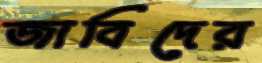
জাবিদের